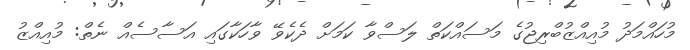
މުހައްމަދު މުއިއްޒުބްރިޖުގެ މަސައްކަތް ލަސްވާ ކަމަށް ދެކެވޭ ވާހަކާގައި އަސާސެއް ނެތް: މުއިއްޒު